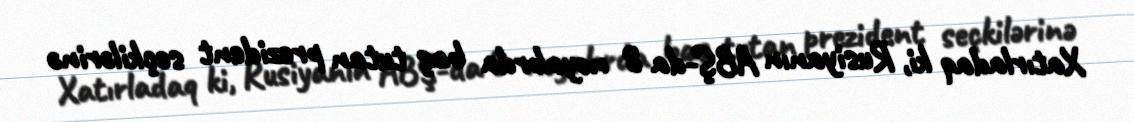
Xatırladaq ki, Rusiyanın ABŞ-da 8 noyabrda baş tutan prezident seçkilərinə